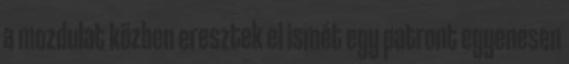
a mozdulat közben eresztek el ismét egy patront egyenesen